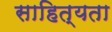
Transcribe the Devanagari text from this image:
साहित्यता